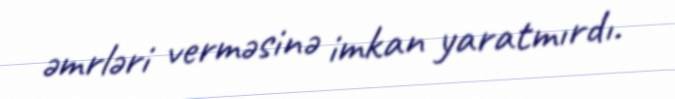
əmrləri verməsinə imkan yaratmırdı.